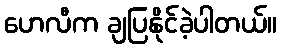
ဟေလီက ချပြနိုင်ခဲ့ပါတယ်။